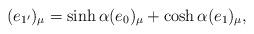
LaTeX: \begin{align*}(e_{1'})_\mu = \sinh \alpha (e_0)_\mu + \cosh \alpha (e_1)_\mu,\end{align*}